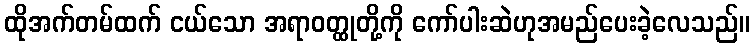
ထိုအက်တမ်ထက် ငယ်သော အရာဝတ္ထုတို့ကို ကော်ပါးဆဲဟုအမည်ပေးခဲ့လေသည်။